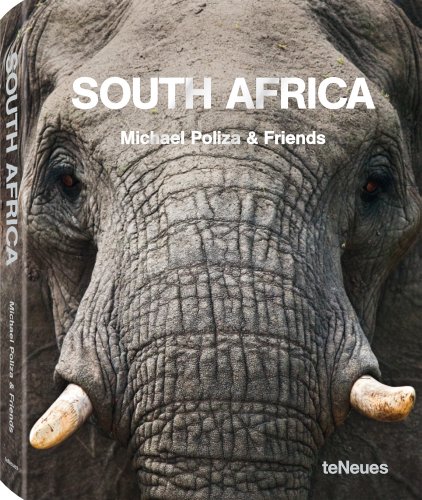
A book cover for South Africa (German and English Edition); Travel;